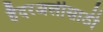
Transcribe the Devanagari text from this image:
हैदरअलीसाठी